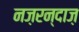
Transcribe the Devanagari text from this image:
नज़रन्दाज़